Indian journal of veterinary science and animal husbandry - Volumes 15-17, 1948-1951
Year: 1948
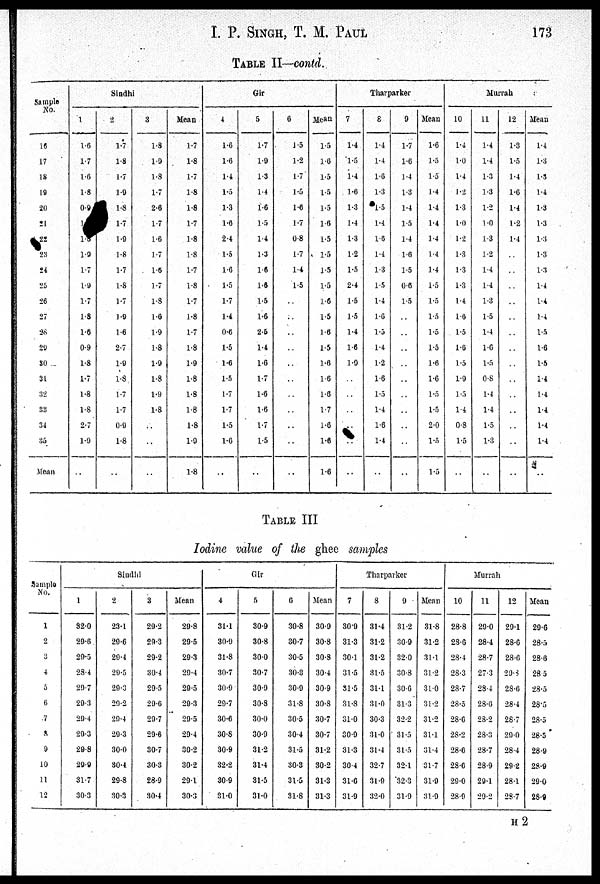
I. P. SINGH, T. M.
PAUL
173
TABLE II—contd.
Sample
No.
16
17
18
19
20
21
22
23
24
25
26
27
28
29
30
31
32
33
34
35
Mean
Sindhi
1
1.6
1.7
1.6
1.8
0.9
1.8
1.9
1.7
1.9
1.7
1.8
1.6
0.9
1.8
1.7
1.8
1.8
2.7
1.9
..
2
1.7
1.8
1.7
1.9
1.8
1.7
1.9
1.8
1.7
1.8
1.7
1.9
1.6
2.7
1.9
1.8
1.7
1.7
0.9
1.8
..
3
1.8
1.9
1.8
1.7
2.6
1.7
1.6
1.7
1.6
1.7
1.8
1.6
1.9
1.8
1.9
1.8
1.9
1.8
..
..
..
Mean
1.7
1.8
1.7
1.8
1.8
1.7
1.8
1.8
1.7
1.8
1.7
1.8
1.7
1.8
1.9
1.8
1.8
1.8
1.8
1.9
1.8
Gir
4
1.6
1.6
1.4
1.5
1.3
1.6
2.4
1.5
l.6
l.5
1.7
1.4
0.6
1.5
1.6
1.5
1.7
1.7
1.5
1.6
..
5
1.7
1.9
1.3
1.4
1.6
1.5
1.4
1.3
1.6
1.6
1.5
1.6
2.5
1.4
1.6
1.7
1.6
1.6
1.7
1.5
..
6
1.5
1.2
1.7
1.5
1.6
1.7
0.8
1.7
1.4
1.5
..
..
..
..
..
..
..
..
..
..
..
Mean
1.5
1.6
1.5
1.5
1.5
1.6
1.5
1.5
1.5
1.5
1.6
1.5
1.6
1.5
1.6
1.6
1.6
1.7
1.6
1.6
1.6
Tharparker
7
1.4
1.5
1.4
1.6
1.3
1.4
1.3
1.2
1.5
2.4
1.5
1.5
1.4
1.6
1.9
..
..
..
..
..
..
8
1.4
1.4
1.6
1.3
1.5
1.4
1.6
1.4
1.3
1.5
1.4
1.6
1.5
1.4
1.2
1.6
1.5
1.4
1.6
1.4
..
9
1.7
1.6
1.4
1.3
1.4
1.5
1.4
1.6
1.5
0.6
1.5
..
..
..
..
..
..
..
..
..
..
Mean
1.6
1.5
1.5
1.4
1.4
1.4
1.4
1.4
1.4
1.5
1.5
1.5
1.5
1.5
1.6
1.6
1.5
1.5
2.0
1.5
1.5
Murrah
10
1.4
1.0
1.4
1.2
1.3
1.0
1.2
1.3
1.3
1.3
1.4
1.6
1.5
1.6
1.5
1.9
1.5
1.4
0.8
1.5
..
11
1.4
1.4
1.3
1.3
1.2
1.0
1.3
1.2
1.4
1.4
1.3
1.5
1.4
1.6
1.5
0.8
1.4
1.4
1.5
1.3
..
12
1.3
1.5
1.4
1.6
1.4
1.2
1.4
..
..
..
..
..
..
..
..
..
..
..
..
..
..
Mean
1.4
1.3
1.3
1.4
1.3
1.3
1.3
1.3
1.3
1.4
1.4
1.4
1.5
1.6
1.5
1.4
1.4
1.4
1.4
1.4
..
TABLE III
Iodine value of the ghee samples
Sample
No.
1
2
3
4
5
6
7
8
9
10
11
12
Sindhi
1
32.0
29.6
29.5
28.4
29.7
29.3
29.4
29.3
29.8
29.9
31.7
30.3
2
23.1
29.6
29.4
29.5
29.3
29.2
29.4
29.3
30.9
30.4
29.8
30.3
3
29.2
29.3
29.2
30.4
29.5
29.6
29.7
29.6
30.7
30.3
28.9
30.4
Mean
29.8
29.5
29.3
29.4
29.5
29.3
29.5
29.4
30.2
30.2
29.1
30.3
Gir
4
31.1
30.9
31.8
30.7
30.9
29.7
30.6
30.8
30.9
32.2
30.9
31.0
5
30.9
30.8
30.0
30.7
30.9
30.8
30.0
30.9
31.2
31.4
31.5
31.0
6
30.8
30.7
30.5
30.3
30.9
31.8
30.5
30.4
31.5
30.3
31.5
31.8
Mean
30.9
30.8
30.8
30.4
30.9
30.8
30.7
30.7
31.2
30.2
31.3
31.3
Tharparker
7
30.9
31.3
30.1
31.5
31.5
31.8
31.0
30.9
31.3
30.4
31.6
31.9
8
31.4
31.2
31.2
31.5
31.1
31.0
30.3
31.0
31.4
32.7
31.9
32.0
9
31.2
30.9
32.0
30.8
30.6
31.3
32.2
31.5
31.5
32.1
32.3
31.9
Mean
31.8
31.2
31.1
31.2
31.0
31.2
31.2
31.1
31.4
31.7
31.9
31.9
Murrah
10
28.8
28.6
28.4
28.3
28.7
28.5
28.6
28.2
28.6
28.6
29.0
28.9
11
29.0
28.4
28.7
27.3
28.4
28.6
28.2
28.3
28.7
28.9
29.1
29.2
12
29.1
28.6
28.6
29.3
28.6
28.4
28.7
29.0
28.4
29.2
28.1
28.7
Mean
29.6
28.5
28.6
28.5
28.5
28.5
28.5
28.5
28.9
28.9
29.0
28.9
H 2